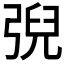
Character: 𢏱